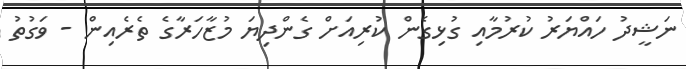
ނަޝީދު ހައްޔަރު ކުރުމާއި ގުޅިގެން ކުރިއަށް ގެންދިޔަ މުޒާހަރާގެ ތެރެއިން - ވަގުތު